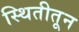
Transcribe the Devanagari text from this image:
स्थितीतून